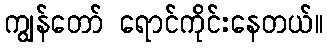
ကျွန်တော် ရောင်ကိုင်းနေတယ်။